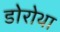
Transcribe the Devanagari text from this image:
डोरोथा